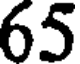
65